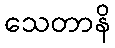
သေတာနိ